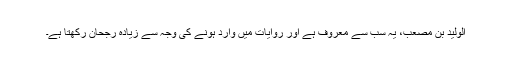
الولید بن مصعب، یہ سب سے معروف ہے اور روایات میں وارد ہونے کی وجہ سے زیادہ رجحان رکھتا ہے۔